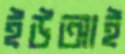
ইউআই